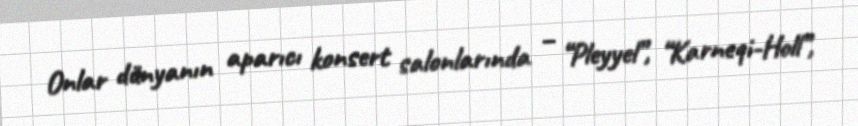
Onlar dünyanın aparıcı konsert salonlarında – “Pleyyel”, “Karneqi-Holl”,